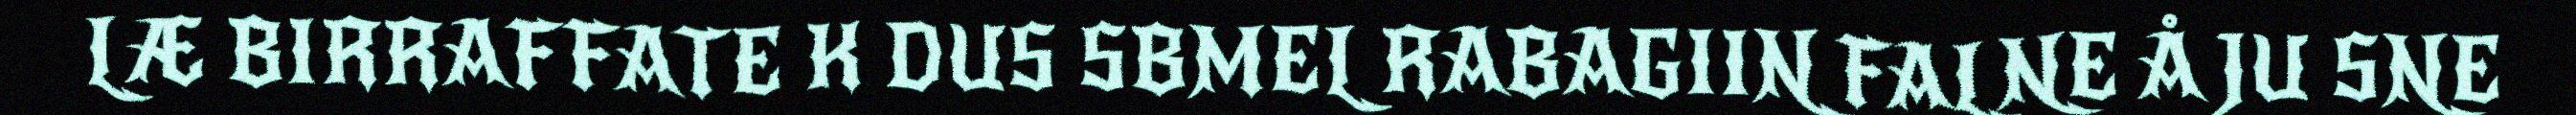
LÆ BIRRAFFATE K DUS SBMEL RABAGIIN FALNE Å JU SNE